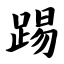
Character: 踢